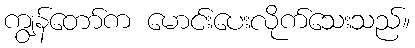
ကျွန်တော်က မောင်းပေးလိုက်သေးသည်။